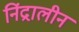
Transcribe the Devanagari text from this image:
निंद्रालीन